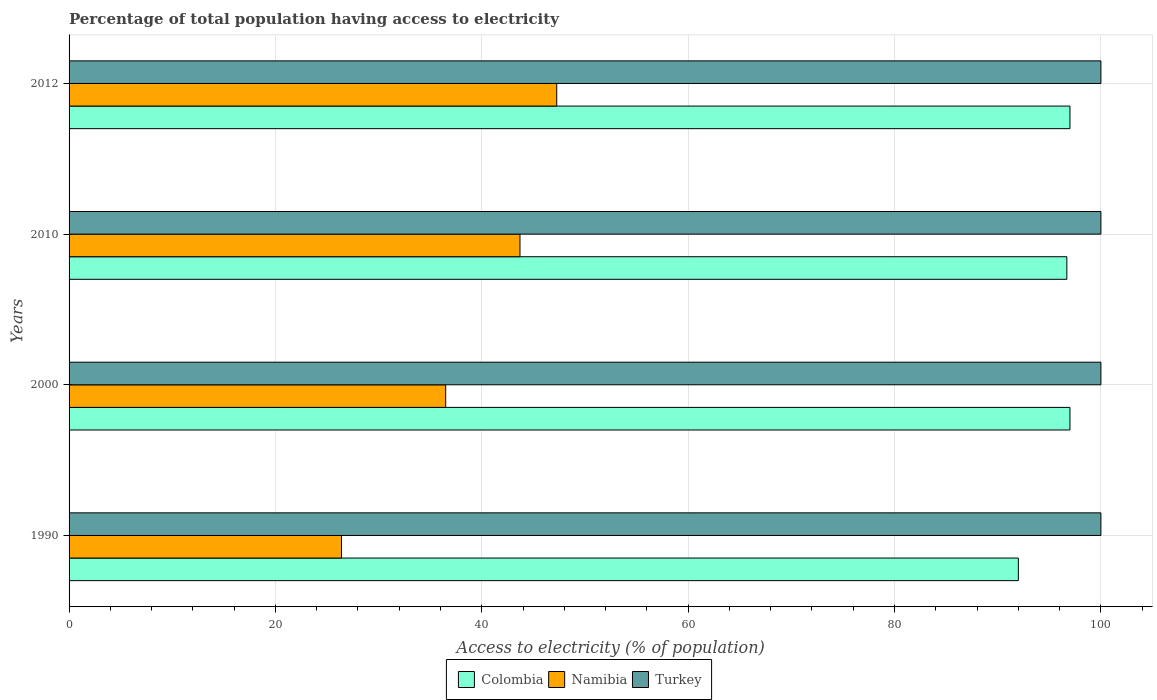
| Years | Colombia | Namibia | Turkey |
 | --- | --- | --- | --- |
 | 1990 | 92 | 26.4 | 100 |
 | 2000 | 97 | 36.5 | 100 |
 | 2010 | 96.7 | 43.7 | 100 |
 | 2012 | 97 | 47.3 | 100 |